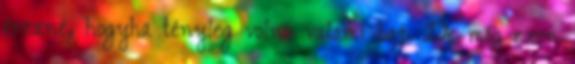
érezné, hogyha tényleg volna valami baj. De míg ezen